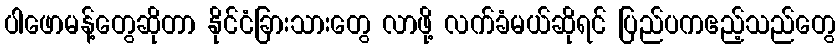
ပါဖောမန့်တွေဆိုတာ နိုင်ငံခြားသားတွေ လာဖို့ လက်ခံမယ်ဆိုရင် ပြည်ပကဧည့်သည်တွေ